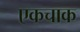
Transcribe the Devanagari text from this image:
एकचाक